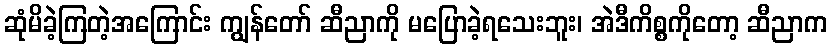
ဆုံမိခဲ့ကြတဲ့အကြောင်း ကျွန်တော် ဆီညာကို မပြောခဲ့ရသေးဘူး၊ အဲဒီကိစ္စကိုတော့ ဆီညာက